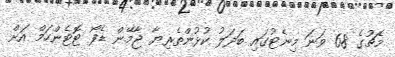
މެޗުގެ 68 ވަނަ މިނެޓުގައި ބަދަލު ކުޅުންތެރިޔާ ޖާމޭން ޑެފޯ ޓޮޓެންހަމް އަށް